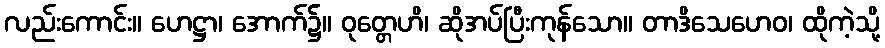
လည်းကောင်း။ ဟေဋ္ဌာ၊ အောက်၌။ ဝုတ္တေဟိ၊ ဆိုအပ်ပြီးကုန်သော။ တာဒိသေဟေဝ၊ ထိုကဲ့သို့